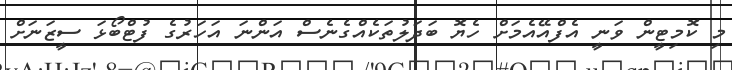
މި ކޮމިޓީން ވަނީ އެފްއޭއެމަށް ހެޔޮ ބަދަލުތަކެއްގެނެސް އަންނަ އަހަރުގެ ފުޓްބޯޅަ ސީޒަނަށް